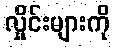
လှိုင်းများကို